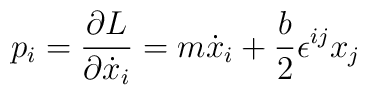
p_i={\partial L\over \partial\dot{x}_i}=m\dot{x}_i+\frac{b}{2}\epsilon^{ij}x_j